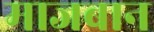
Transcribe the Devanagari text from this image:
माजबान